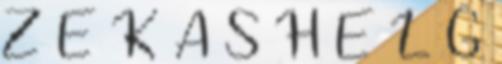
Z E K A S H E L G